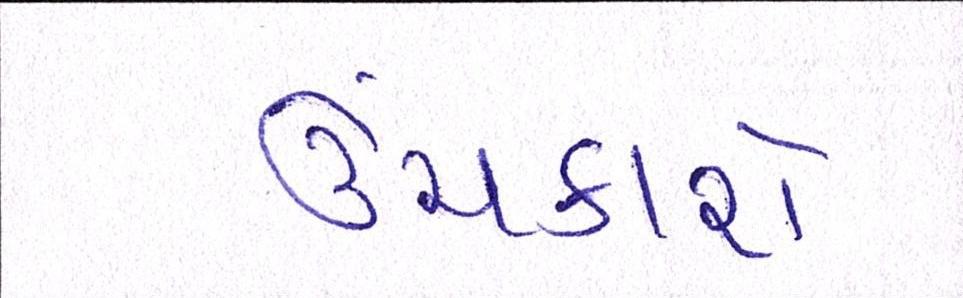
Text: ઉંચકાશે